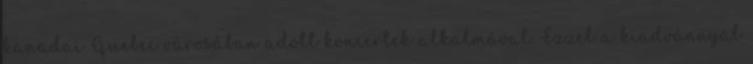
kanadai Quebec városában adott koncertek alkalmával. Ezzel a kiadvánnyal